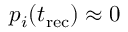
p _ { i } ( t _ { \mathrm { r e c } } ) \approx 0